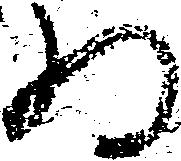
為